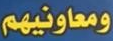
ومعاونيهم